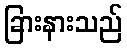
ခြားနားသည်